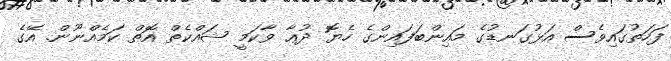
ފަހަތުގައިވެސް އަޅުގަނޑުގެ މައިންބަފައިންގެ ހެޔޮ ދުޢާ ވާކަމީ ޝައްކެތް އޮތް ކަމެއްނޫން. އޭގެ